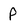
Character: P